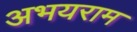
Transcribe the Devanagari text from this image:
अभयराम